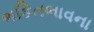
ભકિતભાવના